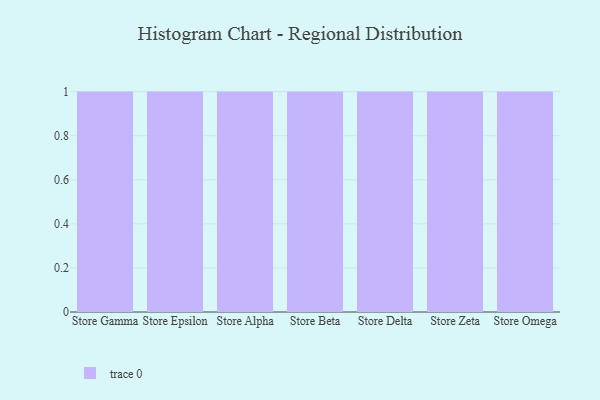
{"axis": {"x": "Store", "y": "Tickets Resolved"}, "legend": [""], "data": [{"x": "Store Gamma", "y": 31, "type": ""}, {"x": "Store Epsilon", "y": 48, "type": ""}, {"x": "Store Alpha", "y": 47, "type": ""}, {"x": "Store Beta", "y": 56, "type": ""}, {"x": "Store Delta", "y": 90, "type": ""}, {"x": "Store Zeta", "y": 93, "type": ""}, {"x": "Store Omega", "y": 98, "type": ""}]}